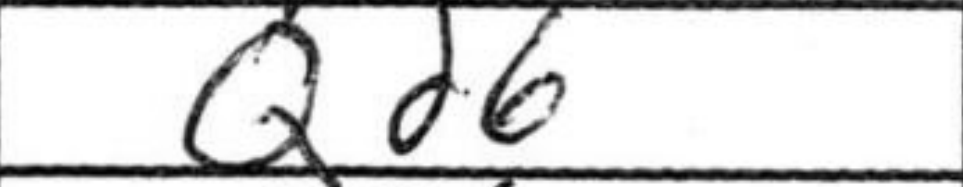
Transcription: Qd6